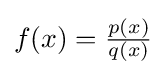
f(x)={\tfrac {p(x)}{q(x)}}